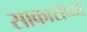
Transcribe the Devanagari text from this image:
साकाराव्या